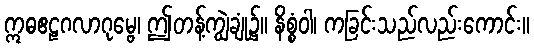
ဣဓဧဠဂလာဂုမ္ဗေ၊ ဤတန့်ကျွဲချုံ၌။ နိစ္စံဝါ၊ ကခြင်းသည်လည်းကောင်း။